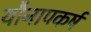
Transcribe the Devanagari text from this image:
यौनापकर्ष